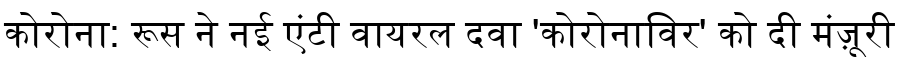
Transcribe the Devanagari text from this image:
कोरोना: रूस ने नई एंटी वायरल दवा 'कोरोनाविर' को दी मंज़ूरी